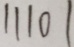
1 1 1 0 1